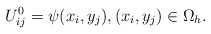
\begin{align*} U_{ij}^{0}=\psi(x_i,y_j),(x_i,y_j)\in\Omega_h. \end{align*}